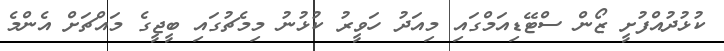
ކުޅުދުއްފުށީ ޒޯން ސްޓޭޑިއަމްގައި މިއަދު ހަވީރު ކުޅުނު މިމެޗުގައި ބީޖީގެ މައްޗަށް އެންމެ